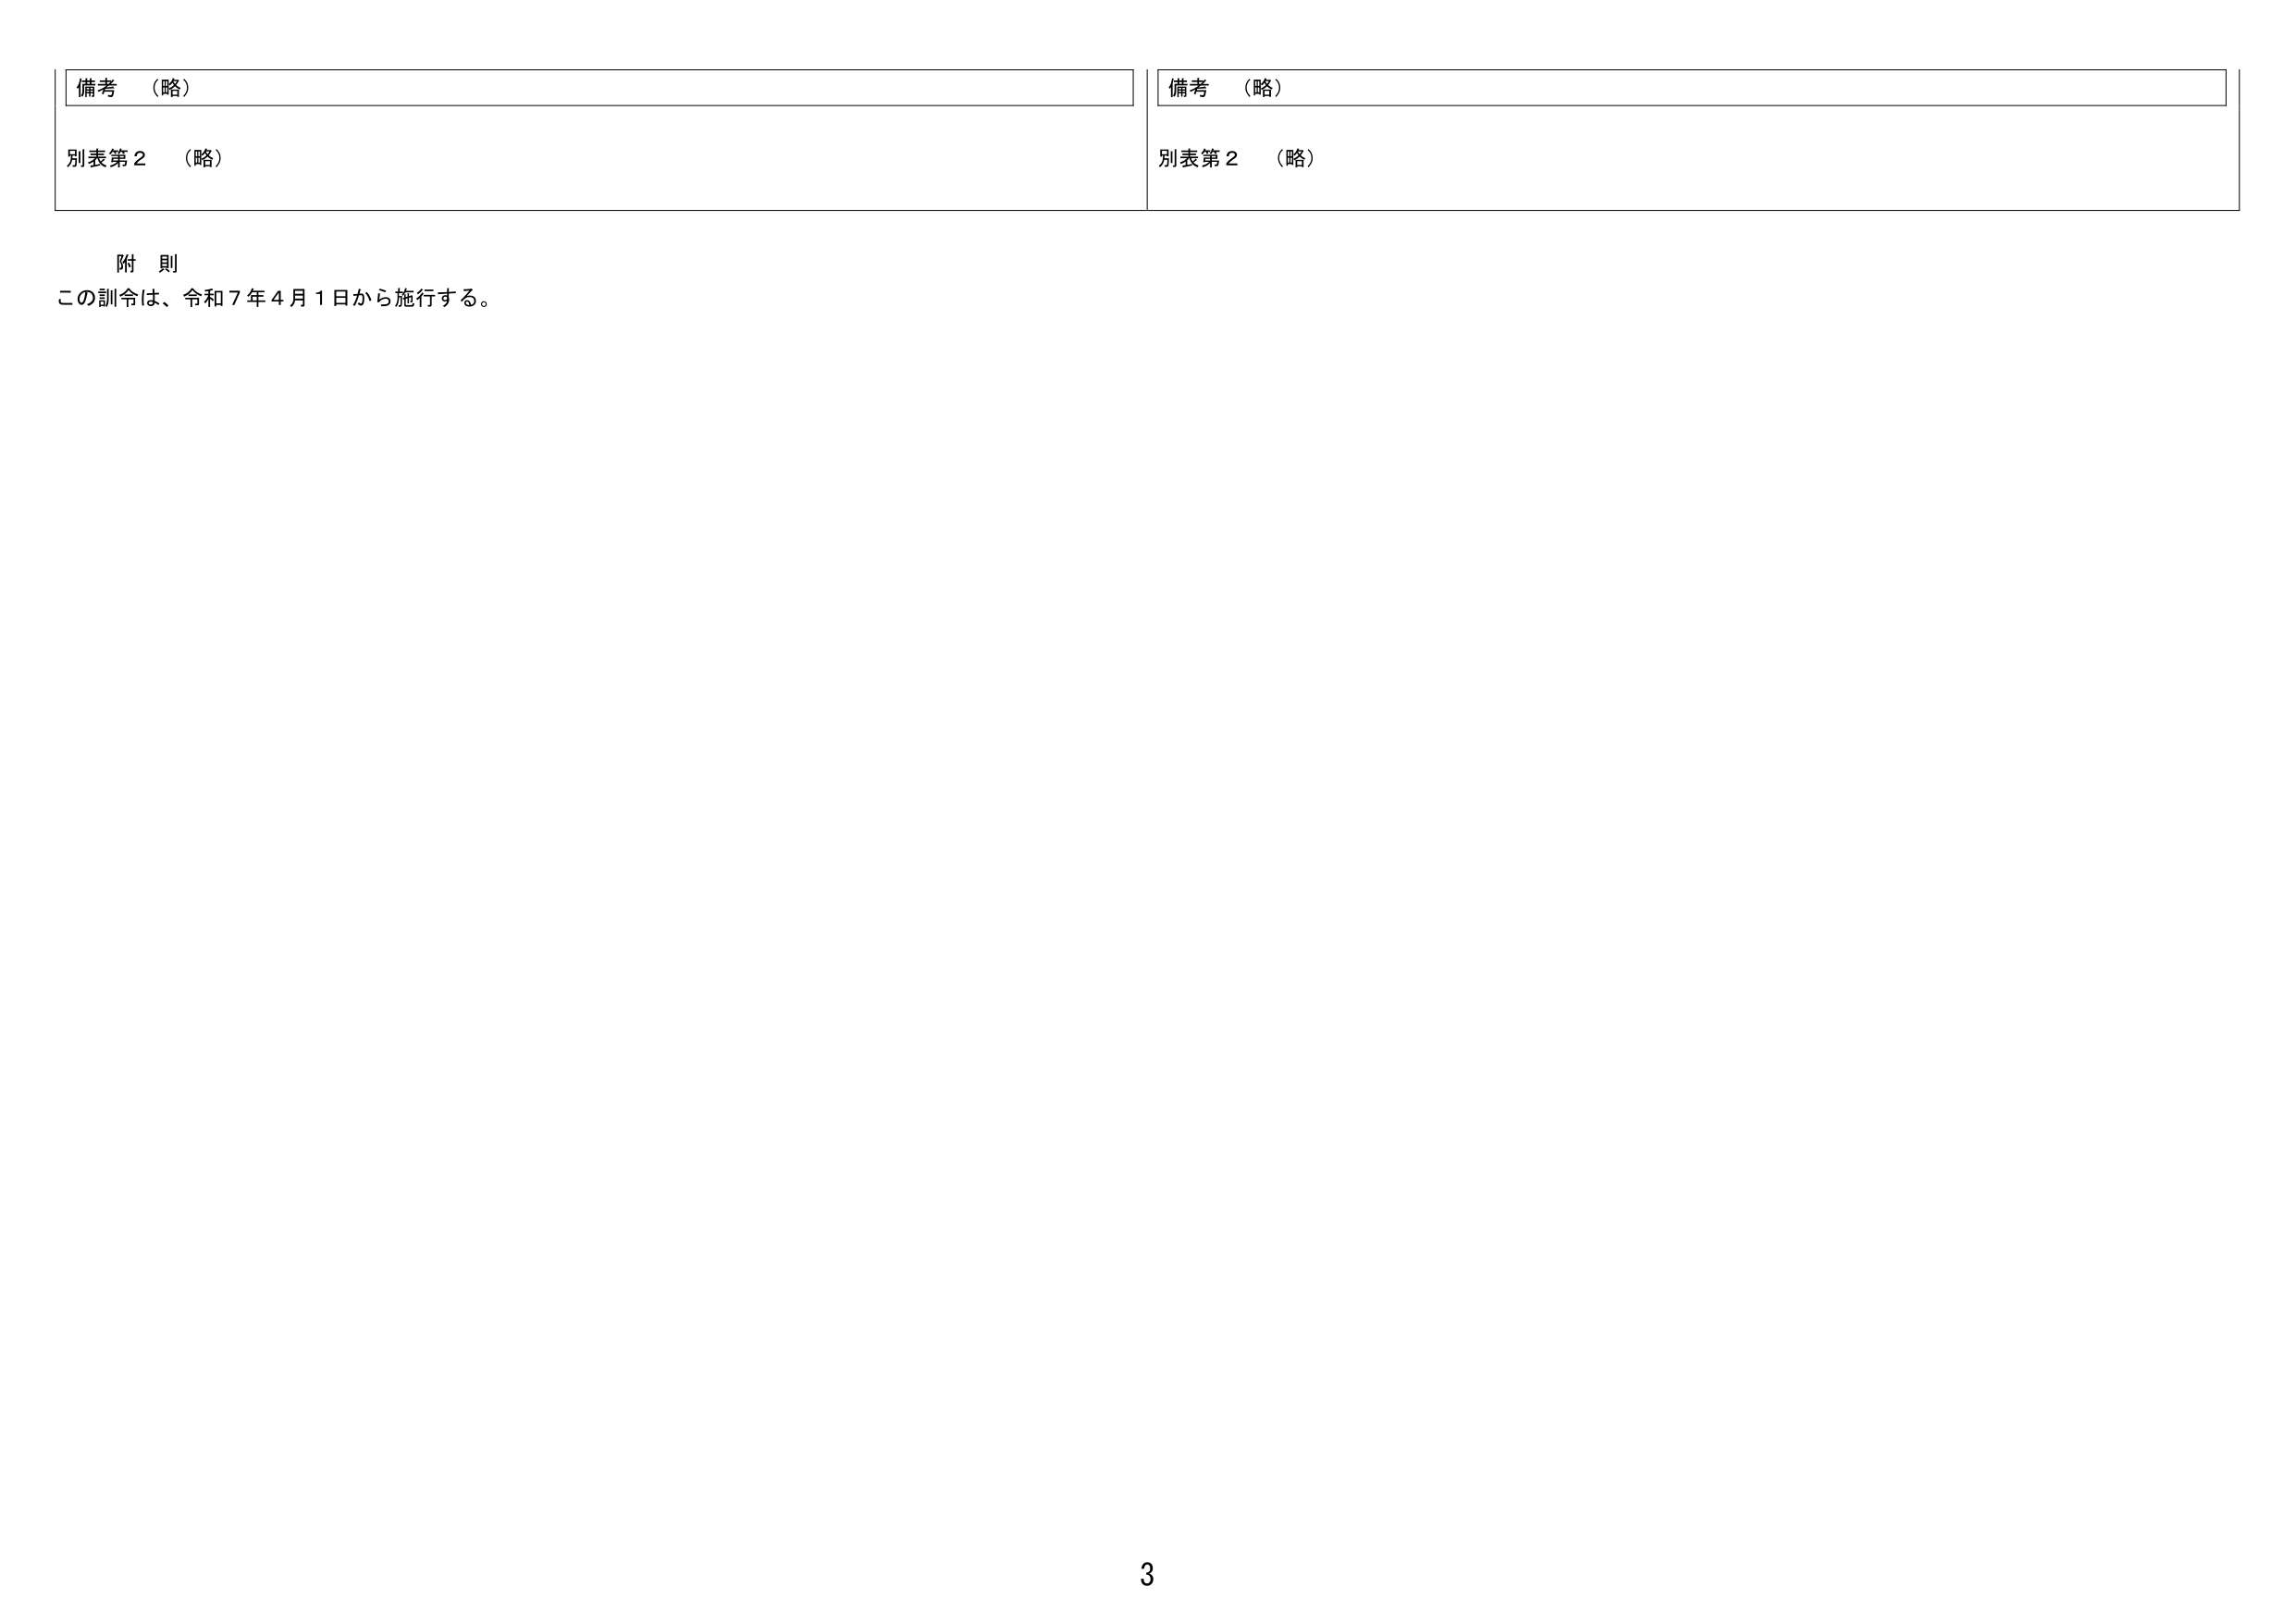
備考 （略）
別表第２ （略）

備考 （略）
別表第２ （略）

附 則
この訓令は、令和７年４月１日から施行する。

3